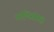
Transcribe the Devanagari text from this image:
प्राणिसंग्रह